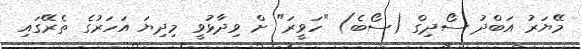
މޭޔަރު އަބްދު ސޯދިގް (ސޯބެ) "ހަވީރަ" ށް ވިދާޅުވީ މިދިޔަ އަހަރުގެ ތެރޭގައި